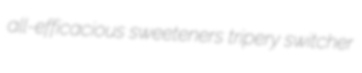
all-efficacious sweeteners tripery switcher